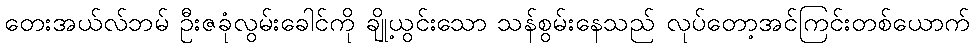
တေးအယ်လ်ဘမ် ဦးဇခုံလွမ်းခေါင်ကို ချို့ယွင်းသော သန်စွမ်းနေသည် လုပ်တော့အင်ကြင်းတစ်ယောက်